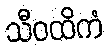
သီဝထိကံ